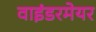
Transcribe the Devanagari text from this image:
वाइंडरमेयर